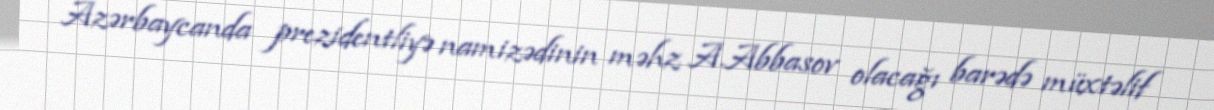
Azərbaycanda prezidentliyə namizədinin məhz A.Abbasov olacağı barədə müxtəlif